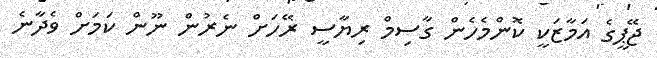
ޖޭޕީގެ އަމާޒަކީ ކޮންމެހެން ގާސިމް ރިޔާސީ ރޭހަށް ނެރުން ނޫން ކަމަށް ވެދާނެ